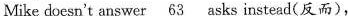
Mike doesn't answer \underline{63}asks instead(反而),